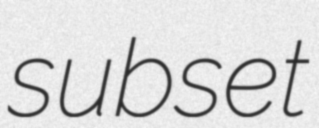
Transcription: subset